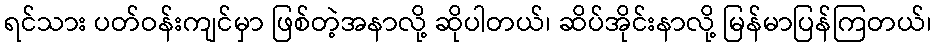
ရင်သား ပတ်ဝန်းကျင်မှာ ဖြစ်တဲ့အနာလို့ ဆိုပါတယ်၊ ဆိပ်အိုင်းနာလို့ မြန်မာပြန်ကြတယ်၊